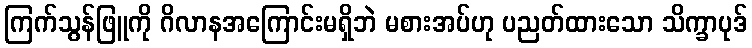
ကြက်သွန်ဖြူကို ဂိလာနအကြောင်းမရှိဘဲ မစားအပ်ဟု ပညတ်ထားသော သိက္ခာပုဒ်